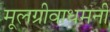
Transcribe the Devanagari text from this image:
मूलग्रीवाधमनी